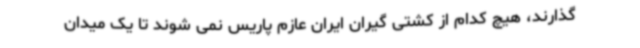
گذارند، هیچ کدام از کشتی گیران ایران عازم پاریس نمی شوند تا یک میدان